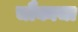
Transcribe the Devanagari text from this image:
चौकाचा